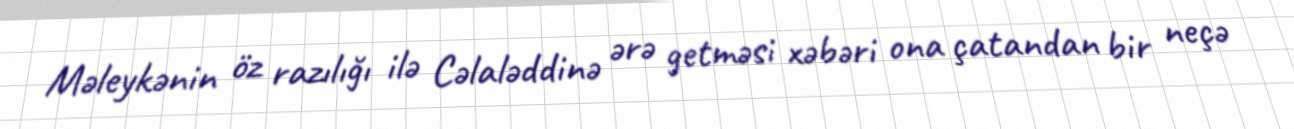
Məleykənin öz razılığı ilə Cəlaləddinə ərə getməsi xəbəri ona çatandan bir neçə